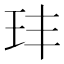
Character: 玤